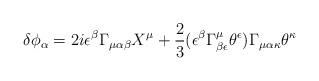
LaTeX: \begin{align*}\delta \phi_{\alpha} = 2i \epsilon^{\beta} \Gamma _{\mu \alpha \beta} X^{\mu}+ \frac{2}{3} (\epsilon^{\beta} \Gamma ^{\mu}_ {\beta \epsilon} \theta ^{\epsilon}) \Gamma _{\mu \alpha \kappa} \theta^{\kappa}\end{align*}